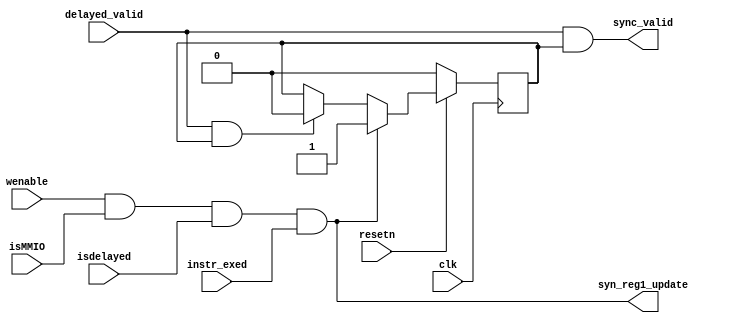
`timescale 1ns / 1ps
//////////////////////////////////////////////////////////////////////////////////
// Company: 
// Engineer: 
// 
// Design Name: 
// Module Name: delayed_reg_update
// Project Name: 
// Target Devices: 
// Tool Versions: 
// Description: 
// 
// Dependencies: 
// 
// Revision:
// Revision 0.01 - File Created
// Additional Comments:
// 
//////////////////////////////////////////////////////////////////////////////////

module delayed_reg_update(
    input       [0:0]       clk,
    input       [0:0]       resetn,
    input       [0:0]       delayed_valid,
    input       [0:0]       wenable,
    input       [0:0]       isMMIO,
    input       [0:0]       isdelayed,
    input       [0:0]       instr_exed,
    output      [0:0]       sync_valid,
    output      [0:0]       syn_reg1_update
);
    reg     [0:0]       wait_delayed;

    assign syn_reg1_update = wenable & isMMIO & isdelayed & instr_exed;
    assign sync_valid = delayed_valid & wait_delayed;
    
    always@(posedge clk)begin
        if(!resetn)begin
            wait_delayed <= 1'b0;
        end
        else begin
            if(syn_reg1_update)begin
                wait_delayed <= 1'b1;
            end
            else if(delayed_valid && wait_delayed)begin
                wait_delayed <= 1'b0;
            end
            else begin
                wait_delayed <= wait_delayed;
            end
        end
    end

endmodule